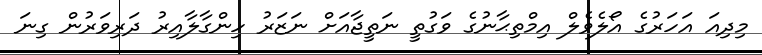
މިދިއަ އަހަރުގެ އޯލެވެލް އިމްތިޙާނުގެ ވަގުތީ ނަތީޖާއަށް ނަޒަރު ހިންގާލާއިރު ދަރިވަރުން ގިނަ